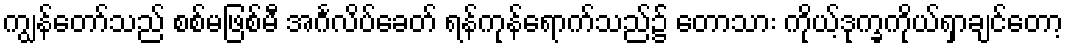
ကျွန်တော်သည် စစ်မဖြစ်မီ အင်္ဂလိပ်ခေတ် ရန်ကုန်ရောက်သည်၌ တောသား ကိုယ့်ဒုက္ခကိုယ်ရှာချင်တော့